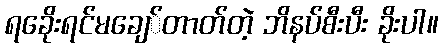
ရခေိုးရင်မချေ်တာတ်တဲ့ ဘိနပ်စီးပီး ခိုးပါ။